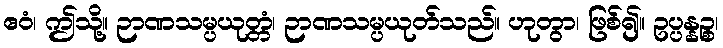
ဧဝံ၊ ဤသို့။ ဉာဏသမ္ပယုတ္တံ၊ ဉာဏသမ္ပယုတ်သည်။ ဟုတွာ၊ ဖြစ်၍။ ဥပ္ပန္နဉ္စ၊